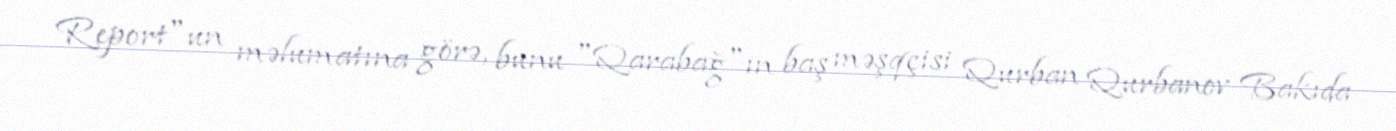
Report"un məlumatına görə, bunu "Qarabağ"ın baş məşqçisi Qurban Qurbanov Bakıda